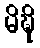
မိဍ္ဎိ